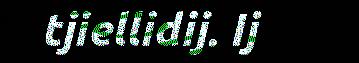
tjiellidij. Ij